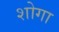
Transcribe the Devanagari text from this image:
शोगा